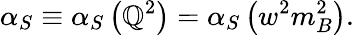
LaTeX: \alpha_{S}\equiv\alpha_{S}\left(\mathbb{Q}^{2}\right)=\alpha_{S}\left(w^{2}m_{B}^{2}\right).